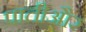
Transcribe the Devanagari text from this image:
पातीऔर